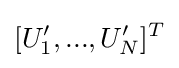
[U'_{1},...,U'_{N}]^{T}